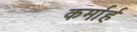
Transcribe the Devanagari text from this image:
कर्मार्ह